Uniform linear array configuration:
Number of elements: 12
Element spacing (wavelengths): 0.75
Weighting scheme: binomial
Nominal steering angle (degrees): -30
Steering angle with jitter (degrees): -31.378
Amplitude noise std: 0.05
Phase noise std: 0.05

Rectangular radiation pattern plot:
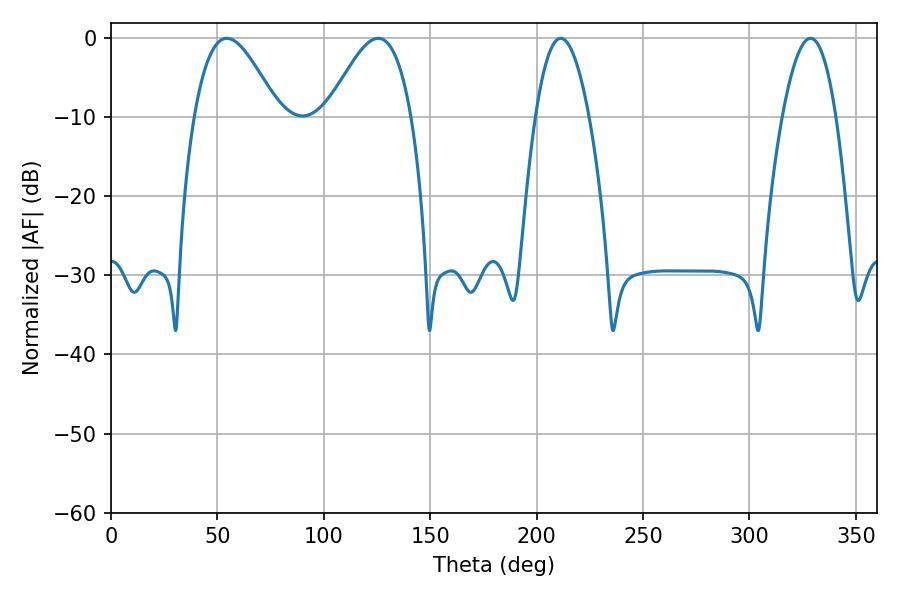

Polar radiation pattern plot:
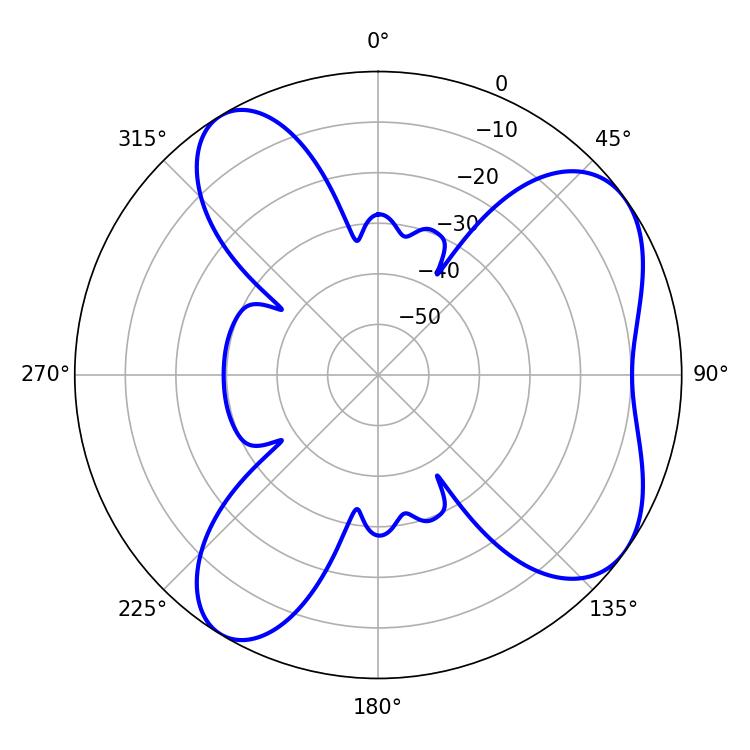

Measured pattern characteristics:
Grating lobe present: TRUE
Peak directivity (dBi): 6.64
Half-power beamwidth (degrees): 13.86
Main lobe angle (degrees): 211.32